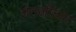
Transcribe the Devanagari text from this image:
शेठजींच्या